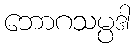
ဘောဂသမ္ပဒါ